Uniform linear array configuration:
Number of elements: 8
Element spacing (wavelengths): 1
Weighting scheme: uniform
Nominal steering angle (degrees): -60
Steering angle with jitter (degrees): -58.513
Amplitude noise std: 0.05
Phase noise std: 0.05

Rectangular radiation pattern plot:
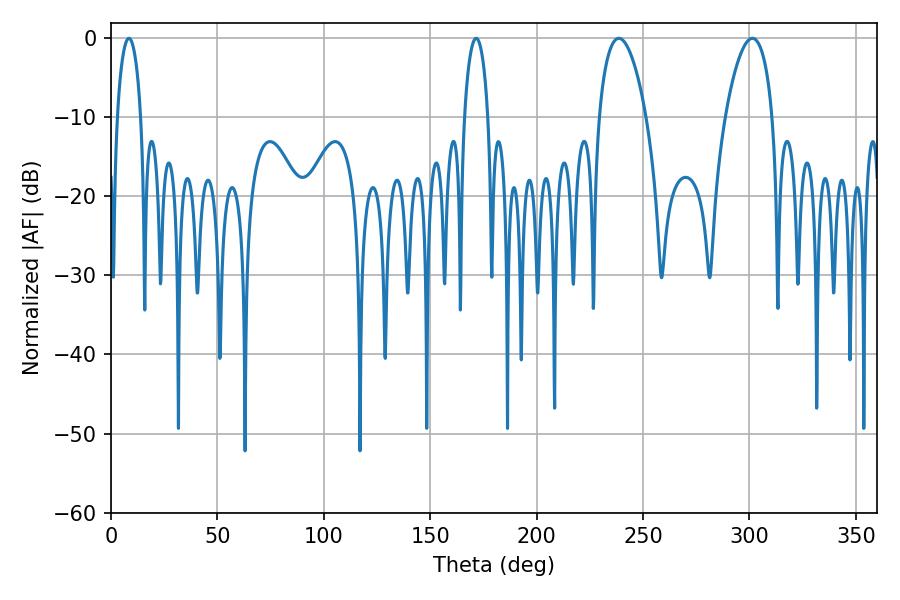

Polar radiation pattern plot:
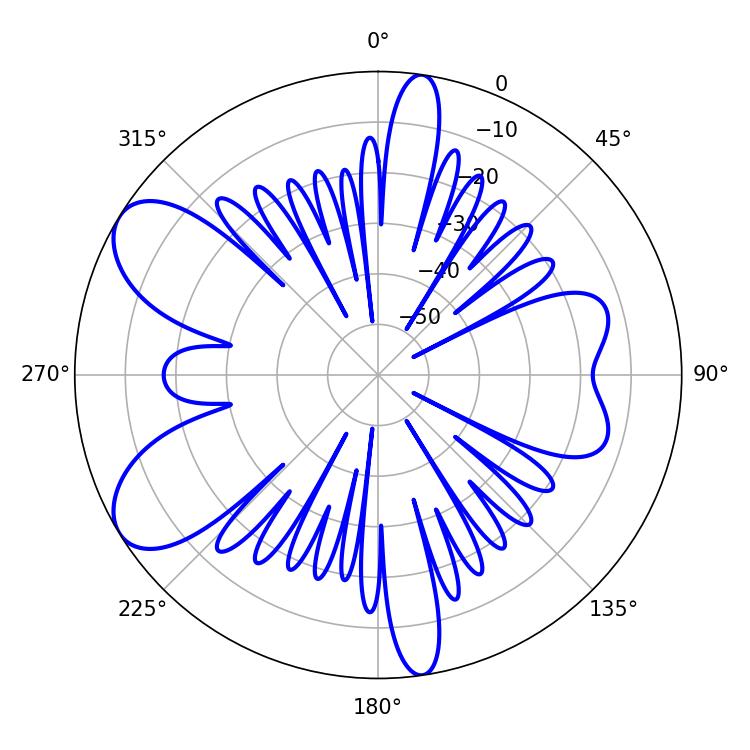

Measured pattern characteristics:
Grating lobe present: TRUE
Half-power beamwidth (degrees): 12.42
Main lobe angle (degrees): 301.32